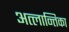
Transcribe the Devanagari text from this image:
अत्लान्तिका